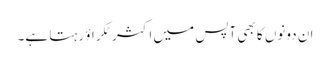
ان دونوں کا بھی آپس میں اکثر ٹکراؤ رہتا ہے۔